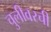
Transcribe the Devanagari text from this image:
चुलीवरची